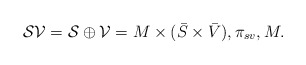
\begin{align*}\mathcal{SV}=\mathcal{S} \oplus\mathcal{V}=M\times(\bar{S}\times\bar{V}),\pi_{sv},M.\end{align*}